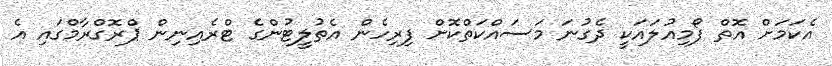
އެކަމަށް އޮތް ފޯމިއުލައަކީ ދެގުނަ މަސައްކަތްކޮށް ފިރިހެން އެތުލީޓުންގެ ޓްރެއިނިން ޕްރޮގްރާމްގައި އެ